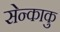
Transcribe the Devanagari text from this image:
सेन्काकु